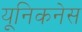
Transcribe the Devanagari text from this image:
यूनिकनेस